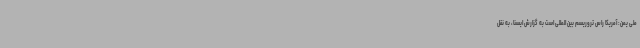
ملی یمن: آمریکا راس تروریسم بین المللی است به گزارش ایسنا، به نقل